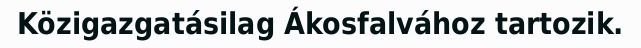
Közigazgatásilag Ákosfalvához tartozik.